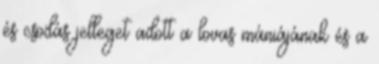
és csodás jelleget adott a lovas mániájának és a